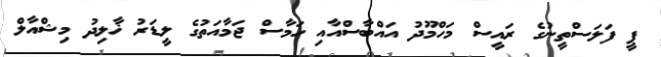
ޕީ ފަލަސްތީނުގެ ރައީސް މަހްމޫދު އައްބާސްއާއި ހަމާސް ޖަމާއަތުގެ ލީޑަރު ޚާލިދު މިޝްއާލް